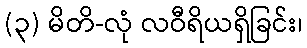
(၃) မိတိ-လုံ လဝီရိယရှိခြင်း၊